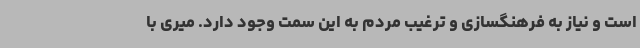
است و نیاز به فرهنگسازی و ترغیب مردم به این سمت وجود دارد. میری با